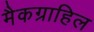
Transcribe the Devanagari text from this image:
मैकग्राहिल